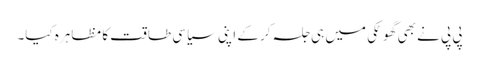
پی پی نے بھی گھوٹکی میں ہی جلسہ کر کے اپنی سیاسی طاقت کا مظاہرہ کیا۔